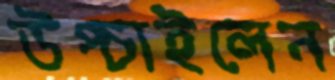
উপ্‌চাইলেন